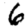
Digit: 6